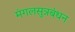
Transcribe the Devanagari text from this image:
मंगलसुत्रबंधन